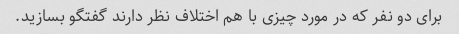
برای دو نفر که در مورد چیزی با هم اختلاف نظر دارند گفتگو بسازید.